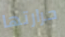
حرارتها